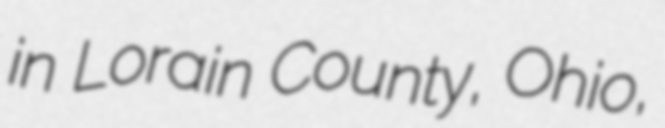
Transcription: in Lorain County, Ohio,